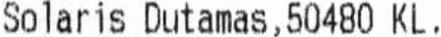
SOLARIS DUTAMAS,50480 KL.